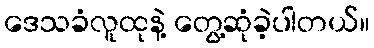
ဒေသခံလူထုနဲ့ တွေ့ဆုံခဲ့ပါတယ်။